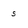
Character: 5